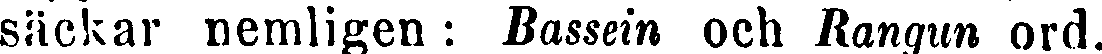
säckar nemligen : Bassein och Rangun ord.